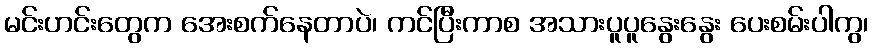
မင်းဟင်းတွေက အေးစက်နေတာပဲ၊ ကင်ပြီးကာစ အသားပူပူနွေးနွေး ပေးစမ်းပါကွ၊